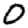
Digit: 0